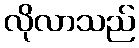
လိုလာသည်